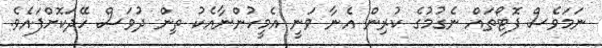
ނަމަވެސް ފޮޓޯތައް ނެގުމުގެ ކުރިން އެނާ ވަނީ އެމީހުންނާއެކު ތިން ދުވަސް ހޭދަކޮށްފައެވެ.